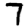
Digit: 7